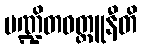
ပဏ္ဍိတဝတ္ထူနီတိ